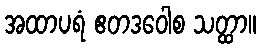
အထာပရံ ဧတဒဝေါစ သတ္ထာ။